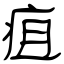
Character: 疽